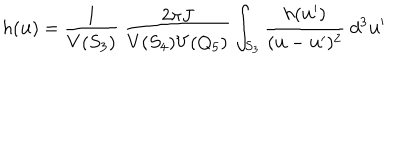
h ( { \bf u } ) = \frac { 1 } { V ( S _ { 3 } ) } \ \frac { 2 \pi J } { V ( S _ { 4 } ) V ( Q _ { 5 } ) } \int _ { S _ { 3 } } \frac { h ( { \bf u } ^ { \prime } ) } { ( { \bf u } - { \bf u } ^ { \prime } ) ^ { 2 } } \ d ^ { 3 } { \bf u } ^ { \prime }